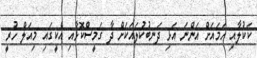
ކަކުލާއި ހަމައަށް އަންނަ އަޅި ދަނބުކުލައަކަށް ދާ ގަމީސްކޮޅާއި އެކީގައި މިއަލް ހުރީ